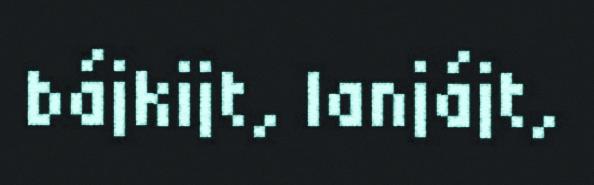
bájkijt, lanjájt,